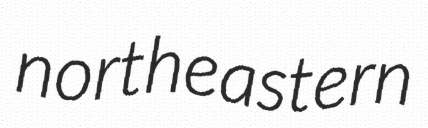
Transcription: northeastern